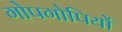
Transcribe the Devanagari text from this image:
गोपगोपियों